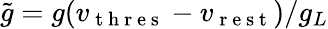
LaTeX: \tilde{g}=g(v_{\mathrm{~t~h~r~e~s~}}-v_{\mathrm{~r~e~s~t~}})/g_{L}